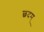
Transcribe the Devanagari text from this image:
छदम्